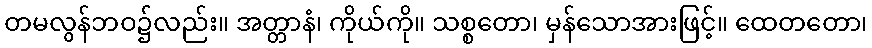
တမလွန်ဘဝ၌လည်း။ အတ္တာနံ၊ ကိုယ်ကို။ သစ္စတော၊ မှန်သောအားဖြင့်။ ထေတတော၊